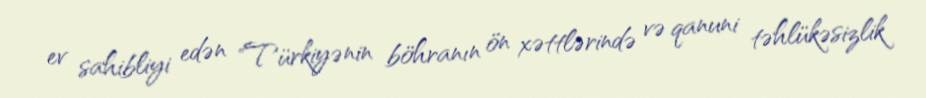
ev sahibliyi edən "Türkiyənin böhranın ön xəttlərində və qanuni təhlükəsizlik